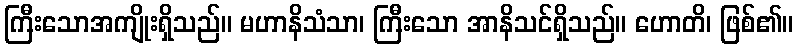
ကြီးသောအကျိုးရှိသည်။ မဟာနိသံသာ၊ ကြီးသော အာနိသင်ရှိသည်။ ဟောတိ၊ ဖြစ်၏။